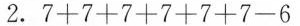
2. $$7 + 7 + 7 + 7 + 7 +7 -6$$